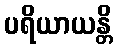
ပရိယာယန္တိ